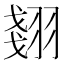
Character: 𮋇